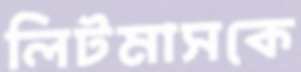
লিটমাসকে